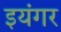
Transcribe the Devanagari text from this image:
इयंगर